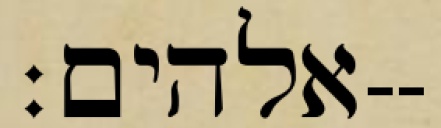
אלהים׃--